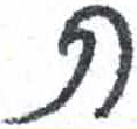
אות: ת